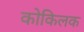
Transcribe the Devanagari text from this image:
कोकिलक